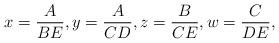
LaTeX: \begin{align*}x=\frac{A}{BE}, y=\frac{A}{CD},z=\frac{B}{CE},w=\frac{C}{DE},\end{align*}